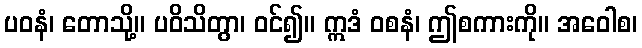
ပဝနံ၊ တောသို့။ ပဝိသိတွာ၊ ဝင်၍။ ဣဒံ ဝစနံ၊ ဤစကားကို။ အဝေါစ၊